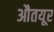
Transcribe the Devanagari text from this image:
औतयूर